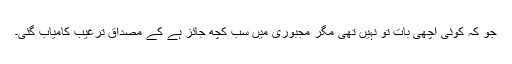
جو کہ کوئی اچھی بات تو نہیں تھی مگر مجبوری میں سب کچھ جائز ہے کے مصداق ترغیب کامیاب گئی۔